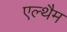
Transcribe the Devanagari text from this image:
एल्थैम